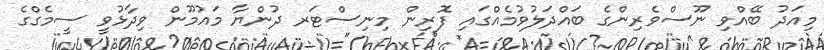
މިއަދު ބޭއްވި ނޫސްވެރިންގެ ބައްދަލުވުމެއްގައި ފޮރިން މިނިސްޓަރ ދުންޔާ މައުމޫން ވިދާޅުވީ ސީމެގްގެ